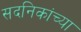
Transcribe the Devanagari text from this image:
सदनिकांच्या